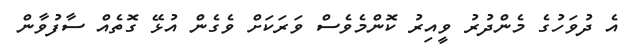
އެ ދުވަހުގެ މެންދުރު ވީއިރު ކޮންމެވެސް ވަރަކަށް ވެގެން އުޅޭ ގޮތެއް ސާފުވާން